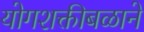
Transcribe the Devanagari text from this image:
योगशक्तीबळाने